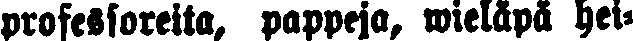
professoreita, pappeja, wieläpä hei-